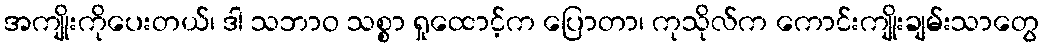
အကျိုးကိုပေးတယ်၊ ဒါ သဘာဝ သစ္စာ ရှုထောင့်က ပြောတာ၊ ကုသိုလ်က ကောင်းကျိုးချမ်းသာတွေ